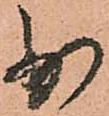
少